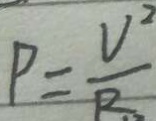
P = \frac { U ^ { 2 } } { R }